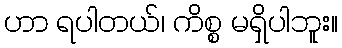
ဟာ ရပါတယ်၊ ကိစ္စ မရှိပါဘူး။